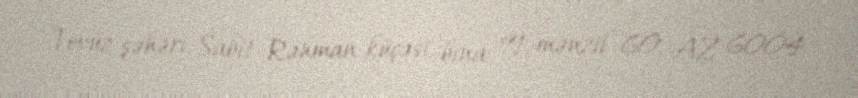
Tovuz şəhəri, Sabit Rəhman küçəsi, bina 91, mənzil 60, AZ 6004